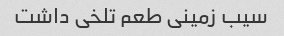
سیب زمینی طعم تلخی داشت